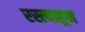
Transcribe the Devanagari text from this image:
रस्त्याहून